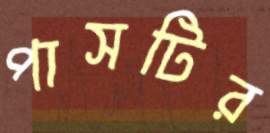
পাসটির